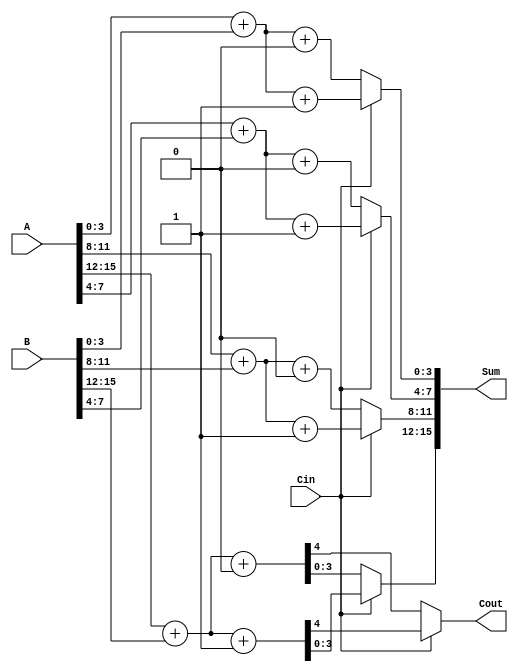
module CarrySelectAdder #(parameter n = 16) (
    input [n-1:0] A,         // First n-bit input
    input [n-1:0] B,         // Second n-bit input
    input Cin,               // Carry-in for the least significant bit
    output [n-1:0] Sum,      // n-bit sum output
    output Cout              // Carry-out
);

    localparam BLOCK_SIZE = 4; // Size of each block
    localparam NUM_BLOCKS = n / BLOCK_SIZE; // Number of blocks

    wire [BLOCK_SIZE-1:0] S0 [NUM_BLOCKS-1:0]; // Sums when carry-in is 0
    wire [BLOCK_SIZE-1:0] S1 [NUM_BLOCKS-1:0]; // Sums when carry-in is 1
    wire [NUM_BLOCKS-1:0] C0; // Carry-out when carry-in is 0
    wire [NUM_BLOCKS-1:0] C1; // Carry-out when carry-in is 1
    wire [NUM_BLOCKS:0] C; // Carry chain

    assign C[0] = Cin; // Initial carry-in

    // Generate blocks
    genvar i;
    generate
        for (i = 0; i < NUM_BLOCKS; i = i + 1) begin : block
            // Calculate sums and carry-outs for each block
            wire [BLOCK_SIZE-1:0] A_block = A[(i+1)*BLOCK_SIZE-1 -: BLOCK_SIZE];
            wire [BLOCK_SIZE-1:0] B_block = B[(i+1)*BLOCK_SIZE-1 -: BLOCK_SIZE];

            // Full adders to compute S0 and S1
            assign {C0[i], S0[i]} = A_block + B_block + 1'b0; // Sum when carry-in is 0
            assign {C1[i], S1[i]} = A_block + B_block + 1'b1; // Sum when carry-in is 1

            // Update carry for the next block
            assign C[i+1] = C[0] ? C1[i] : C0[i];
        end
    endgenerate

    // Select the appropriate sum and final carry-out
    generate
        for (i = 0; i < NUM_BLOCKS; i = i + 1) begin : select
            assign Sum[(i+1)*BLOCK_SIZE-1 -: BLOCK_SIZE] = C[0] ? S1[i] : S0[i];
        end
    endgenerate

    // Final carry-out
    assign Cout = C[NUM_BLOCKS];

endmodule